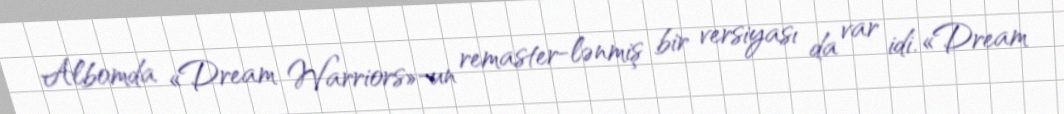
Albomda «Dream Warriors»-un remaster-lənmiş bir versiyası da var idi. «Dream